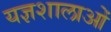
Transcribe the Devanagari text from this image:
यज्ञशालाओं